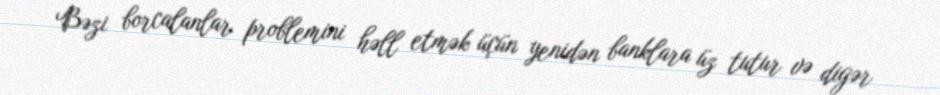
Bəzi borcalanlar problemini həll etmək üçün yenidən banklara üz tutur və digər